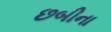
છબીના